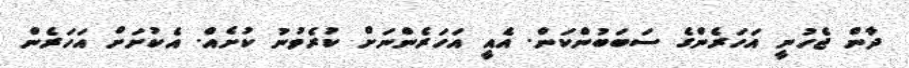
ދާން ޖެހުނީ އަހަރެންގެ ސަބަބުންކަން. އެއީ އަހަރެންނަށް ކުރެވުނު ކުށެއް. އެކުށަށް އަހަރެން